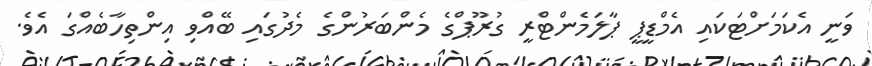
ވަނީ އެކަމަށްޓަކައި އެމްޑީޕީ ޕާލަމެންޓްރީ ގުރޫޕްގެ މެންބަރުންގެ މެދުގައި ބޭއްވި އިންތިހާބެއްގަ އެވެ.